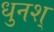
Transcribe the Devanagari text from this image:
धुनश्